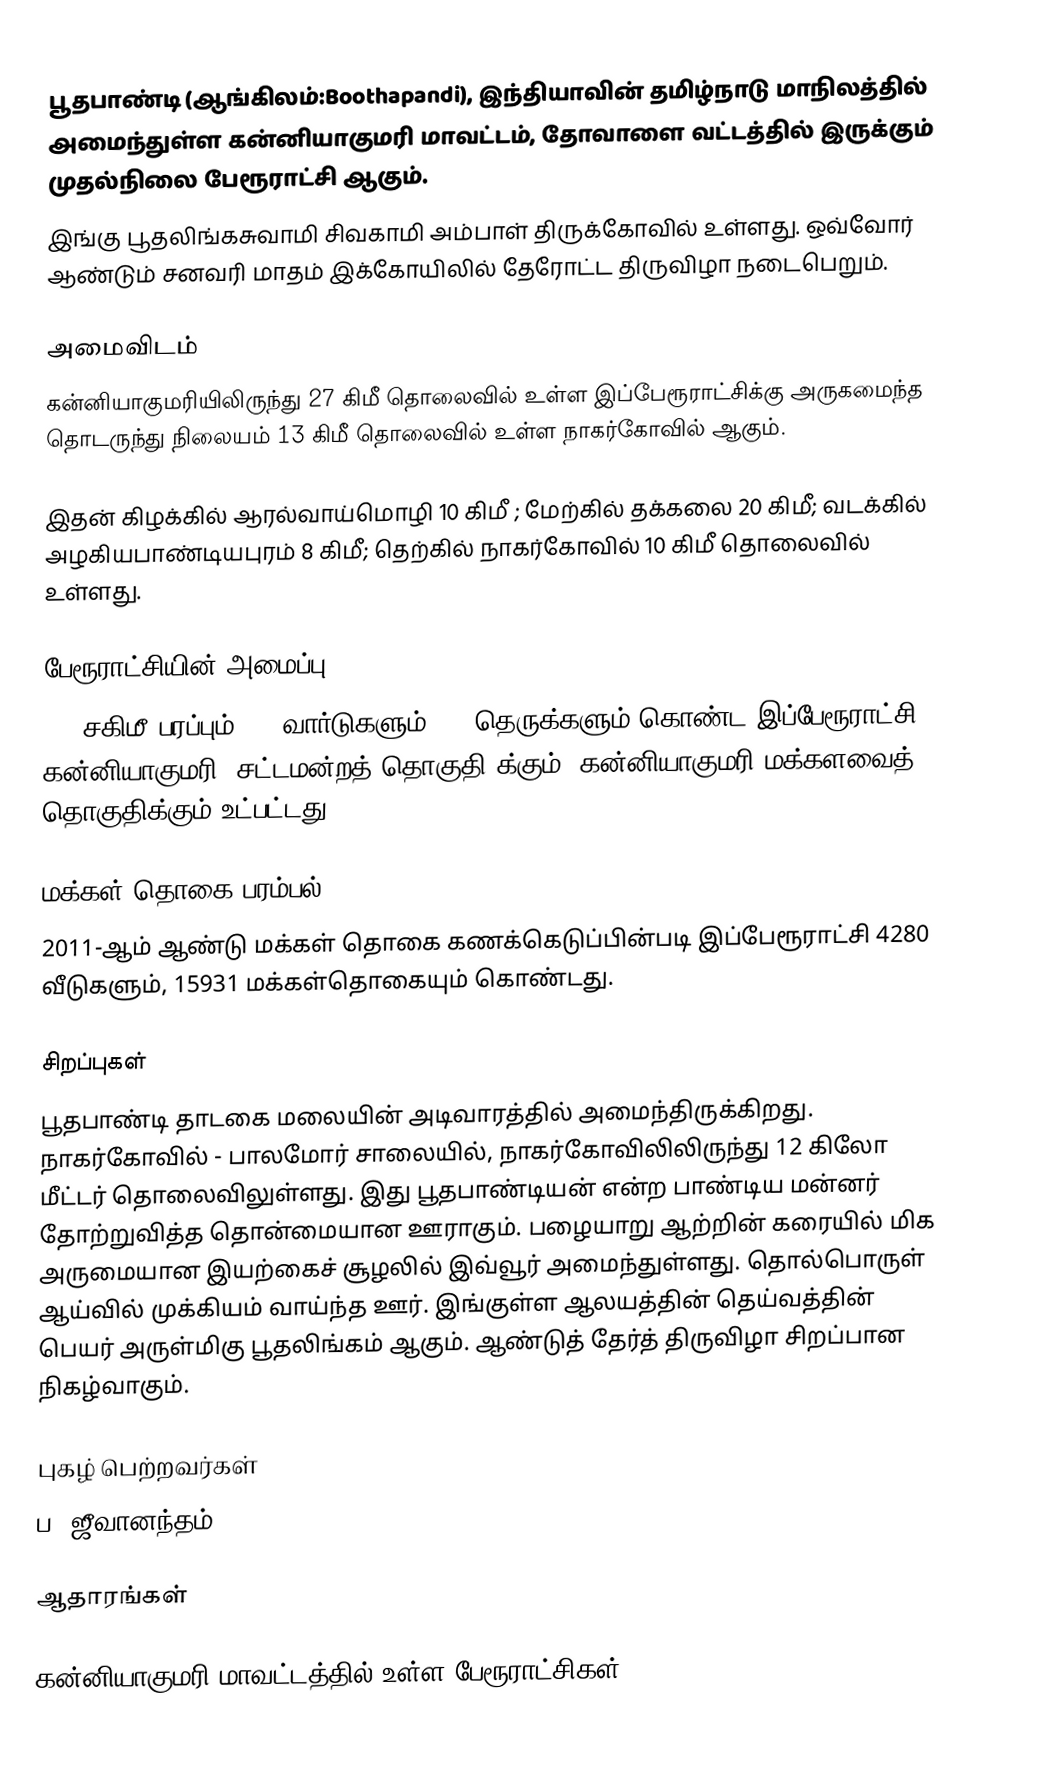
பூதபாண்டி (ஆங்கிலம்:Boothapandi), இந்தியாவின் தமிழ்நாடு மாநிலத்தில் அமைந்துள்ள கன்னியாகுமரி மாவட்டம், தோவாளை வட்டத்தில் இருக்கும் முதல்நிலை  பேரூராட்சி ஆகும்.
இங்கு பூதலிங்கசுவாமி சிவகாமி அம்பாள் திருக்கோவில் உள்ளது. ஒவ்வோர் ஆண்டும் சனவரி மாதம் இக்கோயிலில் தேரோட்ட திருவிழா நடைபெறும்.

அமைவிடம்
கன்னியாகுமரியிலிருந்து  27 கிமீ தொலைவில் உள்ள  இப்பேரூராட்சிக்கு அருகமைந்த தொடருந்து நிலையம்  13 கிமீ தொலைவில் உள்ள நாகர்கோவில் ஆகும்.

இதன் கிழக்கில் ஆரல்வாய்மொழி 10 கிமீ ; மேற்கில் தக்கலை  20 கிமீ; வடக்கில் அழகியபாண்டியபுரம்   8 கிமீ; தெற்கில் நாகர்கோவில் 10 கிமீ தொலைவில் உள்ளது.

பேரூராட்சியின் அமைப்பு
4.5  சகிமீ பரப்பும், 15 வார்டுகளும்,   51 தெருக்களும் கொண்ட இப்பேரூராட்சி  கன்னியாகுமரி  (சட்டமன்றத் தொகுதி)க்கும், கன்னியாகுமரி மக்களவைத் தொகுதிக்கும் உட்பட்டது.

மக்கள் தொகை பரம்பல்
2011-ஆம் ஆண்டு மக்கள் தொகை கணக்கெடுப்பின்படி  இப்பேரூராட்சி  4280  வீடுகளும்,  15931  மக்கள்தொகையும் கொண்டது.

சிறப்புகள்
பூதபாண்டி தாடகை மலையின் அடிவாரத்தில் அமைந்திருக்கிறது. நாகர்கோவில் - பாலமோர் சாலையில், நாகர்கோவிலிலிருந்து 12 கிலோ மீட்டர் தொலைவிலுள்ளது. இது பூதபாண்டியன் என்ற பாண்டிய மன்னர் தோற்றுவித்த தொன்மையான ஊராகும். பழையாறு ஆற்றின் கரையில் மிக அருமையான இயற்கைச் சூழலில் இவ்வூர் அமைந்துள்ளது. தொல்பொருள் ஆய்வில் முக்கியம் வாய்ந்த ஊர். இங்குள்ள ஆலயத்தின் தெய்வத்தின் பெயர் அருள்மிகு பூதலிங்கம் ஆகும். ஆண்டுத் தேர்த் திருவிழா சிறப்பான நிகழ்வாகும்.

புகழ் பெற்றவர்கள்
  ப. ஜீவானந்தம்

ஆதாரங்கள்

கன்னியாகுமரி மாவட்டத்தில் உள்ள பேரூராட்சிகள்